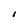
Character: I